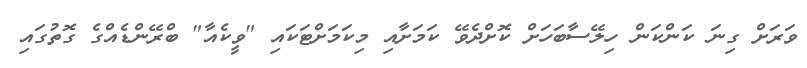
ވަރަށް ގިނަ ކަންކަން ހިލޭސާބަހަށް ކޮށްދެވޭ ކަމަށާއި މިކަމަށްޓަކައި "ވީކެއާ" ބްރޭންޑެއްގެ ގޮތުގައި